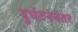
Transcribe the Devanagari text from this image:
दुर्घटनेनंतर